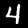
Label: 4